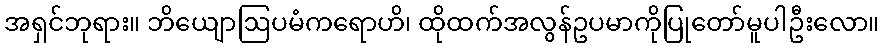
အရှင်ဘုရား။ ဘိယျောဩပမံကရောဟိ၊ ထိုထက်အလွန်ဥပမာကိုပြုတော်မူပါဦးလော။